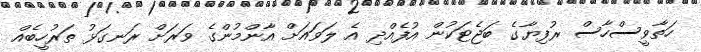
ހަތާވީސްހާސް ރުފިޔާގެ ބަޖެޓަކުން އުފެއްދި އެ ލަވައަށް އާންމުންގެ ވަރަށް ރަނގަޅު ތަރުހީބެއް